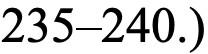
235–240.)